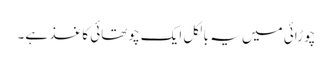
چوڑائی میں یہ بالکل ایک چوتھائی کاغذ ہے۔